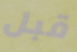
قبل